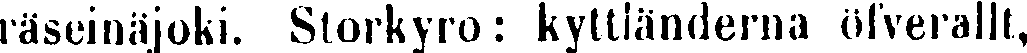
räseinäjoki. Slorkyro: kyttländerna öfverallt,